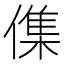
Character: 𠍱